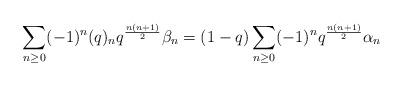
LaTeX: \begin{align*} \sum_{n \geq 0} (-1)^n (q)_n q^{\frac{n(n+1)}{2}} \beta_{n} = (1-q) \sum_{n \geq 0} (-1)^n q^{\frac{n(n+1)}{2}} \alpha_{n}\end{align*}